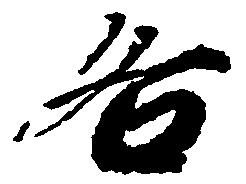
各